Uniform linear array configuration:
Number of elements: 4
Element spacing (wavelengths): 0.25
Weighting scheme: exponential
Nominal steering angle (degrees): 15
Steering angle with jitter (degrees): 16.924
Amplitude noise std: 0.05
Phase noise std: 0.05

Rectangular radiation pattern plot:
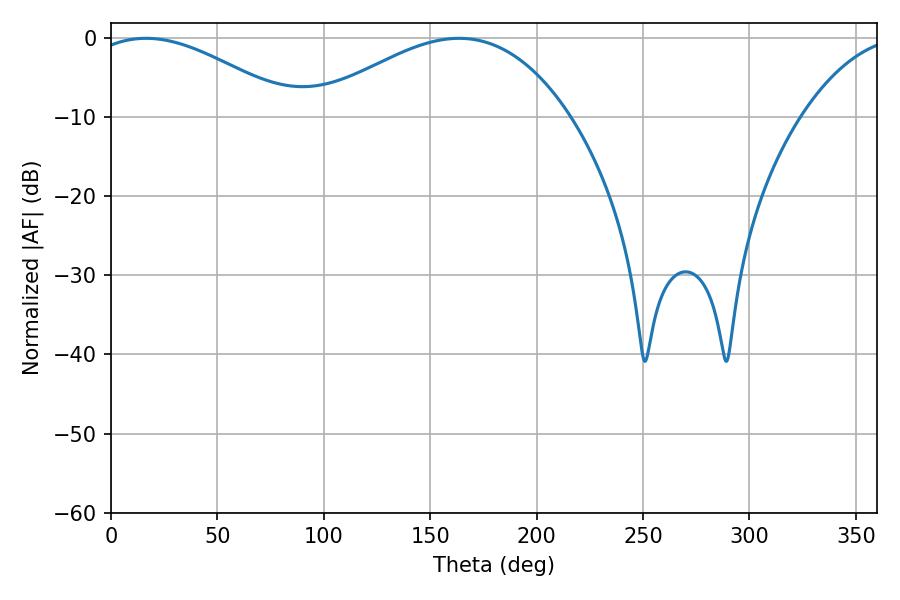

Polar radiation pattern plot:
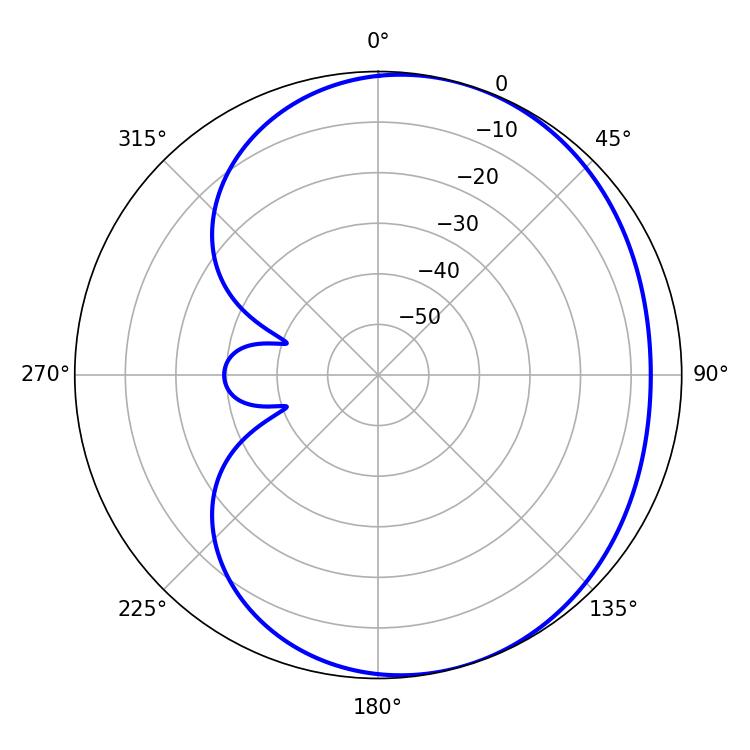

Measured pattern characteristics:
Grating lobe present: FALSE
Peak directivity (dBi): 3.597
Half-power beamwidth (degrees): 66.78
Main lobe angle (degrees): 163.62